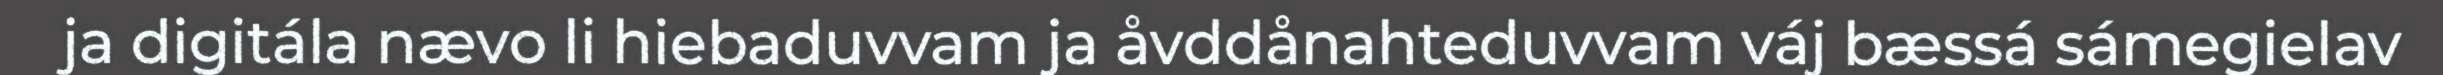
ja digitála nævo li hiebaduvvam ja åvddånahteduvvam váj bæssá sámegielav